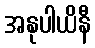
အနုပါယိနီ